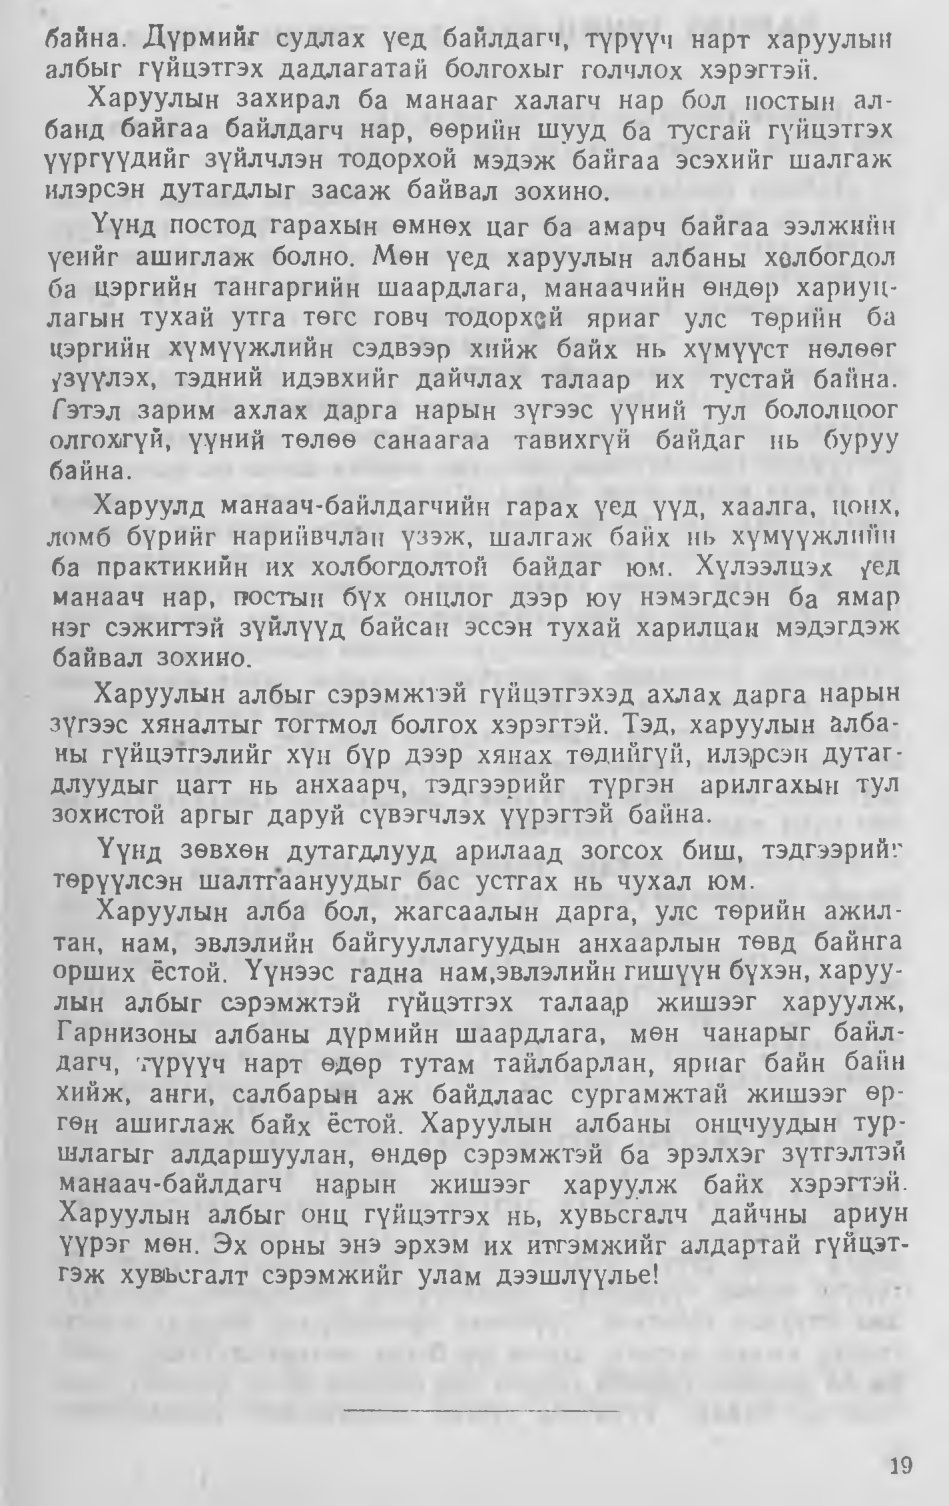
Language: mn